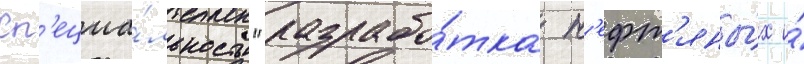
Сп'ециа́льность "разрабо́тка н'ефт'яны́х и́